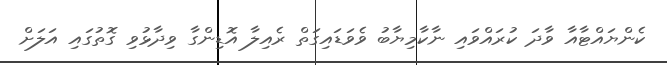
ކެންޔައްޓާއާ ވާދަ ކުރައްވައި ނާކާމިޔާބު ވެވަޑައިގަތް ރެއިލާ އޮޑިންގާ ވިދާޅުވި ގޮތުގައި އަަލަށް